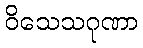
ဝိသေသဂုဏာ